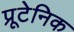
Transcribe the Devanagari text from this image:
प्रूटेनिक